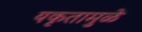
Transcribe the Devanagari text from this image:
यकृतामुळे